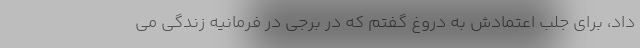
داد، برای جلب اعتمادش به دروغ گفتم که در برجی در فرمانیه زندگی می